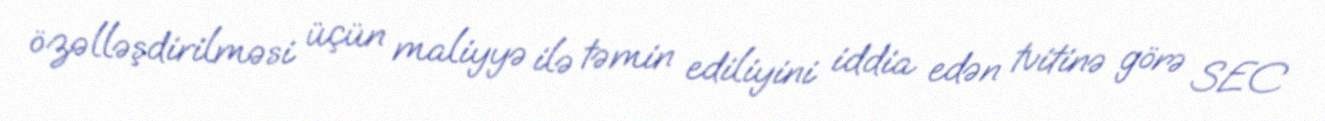
özəlləşdirilməsi üçün maliyyə ilə təmin ediliyini iddia edən tvitinə görə SEC